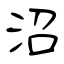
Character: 沼